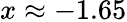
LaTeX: x\approx-1.65